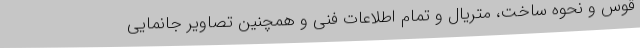
قوس و نحوه ساخت، متریال و تمام اطلاعات فنی و همچنین تصاویر جانمایی